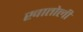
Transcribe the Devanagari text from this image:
खातोली